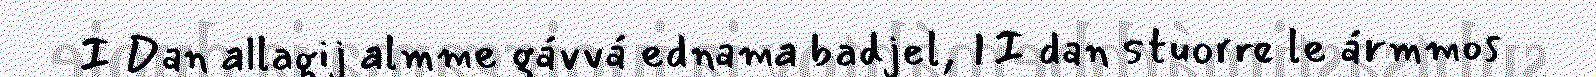
I Dan allagij almme gávvá ednama badjel, II dan stuorre le ármmos